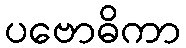
ပဗောဓိကာ